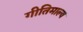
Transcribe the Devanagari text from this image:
गीतिमाल्य